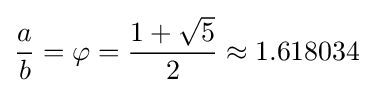
{a \over b}=\varphi ={1+{\sqrt {5}} \over 2}\approx 1.618034~